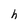
Character: h